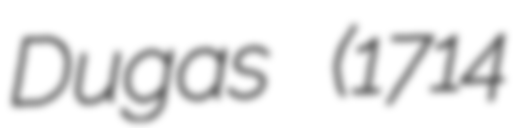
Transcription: Dugas (1714